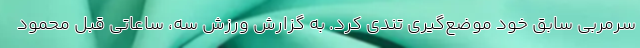
سرمربی سابق خود موضع‌گیری تندی کرد. به گزارش ورزش سه، ساعاتی قبل محمود